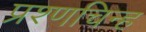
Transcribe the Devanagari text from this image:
प्रश्णचिन्ह